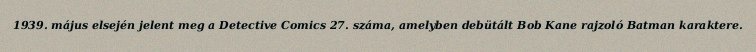
1939. május elsején jelent meg a Detective Comics 27. száma, amelyben debütált Bob Kane rajzoló Batman karaktere.